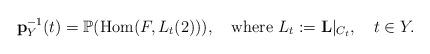
LaTeX: \begin{align*}\mathbf{p}_Y^{-1}(t)=\mathbb{P}(\mathrm{Hom}(F,L_t(2))),\ \ \ \mathrm{where}\ L_t:=\mathbf{L}|_{C_t},\ \ \ t\in Y.\end{align*}